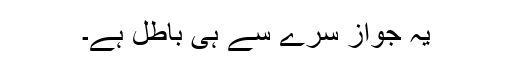
یہ جواز سرے سے ہی باطل ہے۔